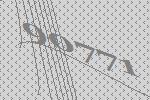
90771